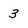
Character: 3